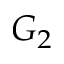
G _ { 2 }